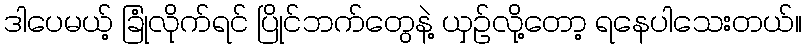
ဒါပေမယ့် ခြုံလိုက်ရင် ပြိုင်ဘက်တွေနဲ့ ယှဉ်လို့တော့ ရနေပါသေးတယ်။